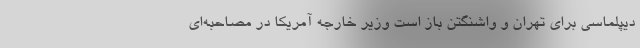
دیپلماسی برای تهران و واشنگتن باز است وزیر خارجه آمریکا در مصاحبه‌ای